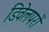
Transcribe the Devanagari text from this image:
डिवेलपरों